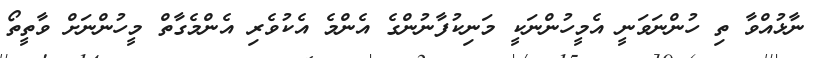
ނާޅުއްވާ ތި ހުންނަވަނީ އެމީހުންނަކީ މަނިކުފާނުންގެ އެންމެ އެކުވެރި އެންމެގާތް މީހުންނަށް ވާތީތޯ